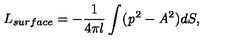
L _ { s u r f a c e } = - \frac { 1 } { 4 \pi l } \int ( { \it p } ^ { 2 } - { \it A } ^ { 2 } ) d S ,